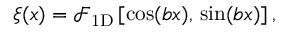
\begin{array} { r } { \xi ( { \boldsymbol x } ) = \mathcal { F } _ { \mathrm { 1 D } } \left[ \cos ( b x ) , \, \sin ( b x ) \right] , } \end{array}